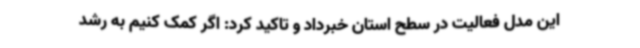
این مدل فعالیت در سطح استان خبرداد و تاکید کرد: اگر کمک کنیم به رشد